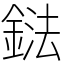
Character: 鍅